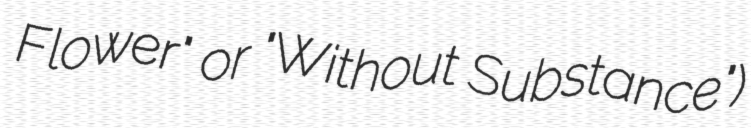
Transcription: Flower" or "Without Substance")